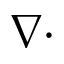
\nabla \cdot